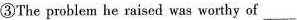
③The problem he raised was worthy of ___.